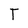
Character: T